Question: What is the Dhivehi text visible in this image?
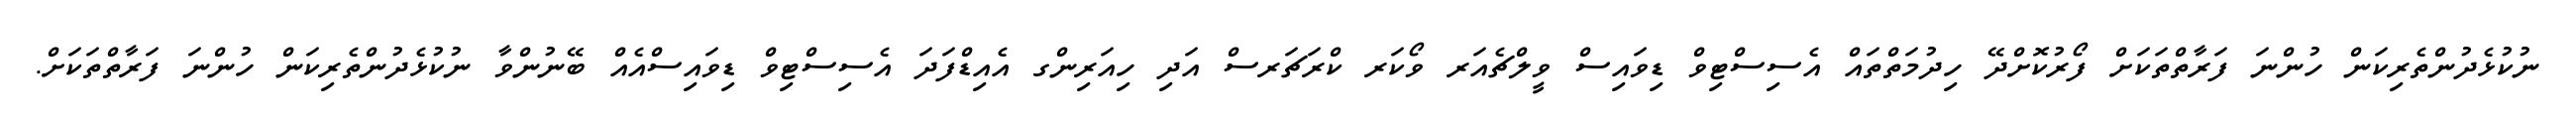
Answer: ނުކުޅެދުންތެރިކަން ހުންނަ ފަރާތްތަކަށް ފޯރުކޮށްދޭ ހިދުމަތްތައް އެސިސްޓިވް ޑިވައިސް ވީލްޗެއަރ ވޯކަރ ކްރަޗަރސް އަދި ހިއަރިންގ އެއިޑްފަދަ އެސިސްޓިވް ޑިވައިސްއެއް ބޭނުންވާ ނުކުޅެދުންތެރިކަން ހުންނަ ފަރާތްތަކަށް.